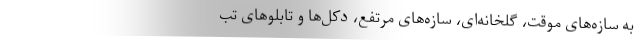
به سازه‌های موقت، گلخانه‌ای، سازه‌های مرتفع، دکل‌ها و تابلوهای تب